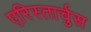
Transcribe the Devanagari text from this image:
एरिस्तार्चुस